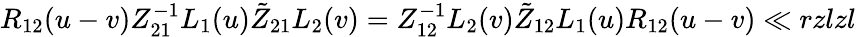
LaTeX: {R}_{12}(u-v)Z_{21}^{-1}L_{1}(u)\tilde{Z}_{21}L_{2}(v)=Z_{12}^{-1}L_{2}(v)\tilde{Z}_{12}L_{1}(u){R}_{12}(u-v)\ll{rzlzl}